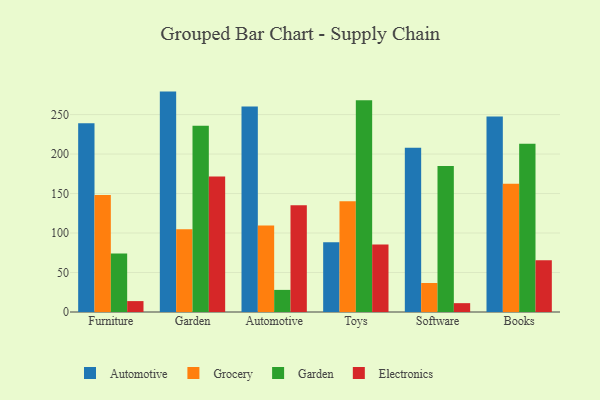
{"axis": {"x": "Category", "y": "Churn Rate (%)"}, "legend": ["Automotive", "Electronics", "Garden", "Grocery"], "data": [{"x": "Furniture", "y": 238.9, "type": "Automotive"}, {"x": "Furniture", "y": 148.1, "type": "Grocery"}, {"x": "Furniture", "y": 74.1, "type": "Garden"}, {"x": "Furniture", "y": 13.8, "type": "Electronics"}, {"x": "Garden", "y": 279.1, "type": "Automotive"}, {"x": "Garden", "y": 104.9, "type": "Grocery"}, {"x": "Garden", "y": 235.8, "type": "Garden"}, {"x": "Garden", "y": 171.6, "type": "Electronics"}, {"x": "Automotive", "y": 260.1, "type": "Automotive"}, {"x": "Automotive", "y": 109.4, "type": "Grocery"}, {"x": "Automotive", "y": 28.0, "type": "Garden"}, {"x": "Automotive", "y": 135.1, "type": "Electronics"}, {"x": "Toys", "y": 88.4, "type": "Automotive"}, {"x": "Toys", "y": 140.2, "type": "Grocery"}, {"x": "Toys", "y": 268.3, "type": "Garden"}, {"x": "Toys", "y": 85.4, "type": "Electronics"}, {"x": "Software", "y": 208.0, "type": "Automotive"}, {"x": "Software", "y": 36.7, "type": "Grocery"}, {"x": "Software", "y": 184.8, "type": "Garden"}, {"x": "Software", "y": 11.2, "type": "Electronics"}, {"x": "Books", "y": 247.5, "type": "Automotive"}, {"x": "Books", "y": 162.4, "type": "Grocery"}, {"x": "Books", "y": 213.2, "type": "Garden"}, {"x": "Books", "y": 65.5, "type": "Electronics"}]}